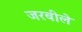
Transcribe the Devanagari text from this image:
जरबीले